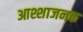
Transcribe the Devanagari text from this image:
आश्शाजनक